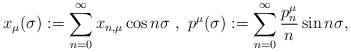
LaTeX: \begin{align*}x_{\mu}(\sigma):=\sum_{n=0}^{\infty}x_{n,\mu}\cos{n\sigma}~,~p^{\mu}(\sigma):=\sum_{n=0}^{\infty}\frac{p_n^{\mu}}{n}\sin{n\sigma},\end{align*}